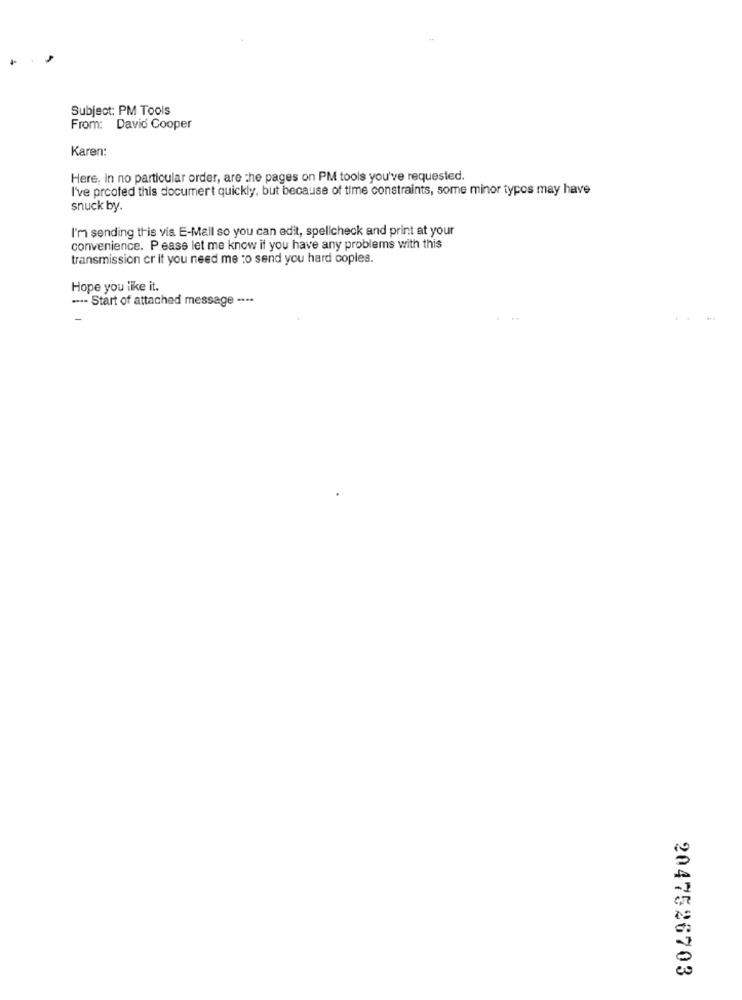
Subject: PM Tools
From: David Cooper
Karen:
Here, in no particular order, are the pages on PM tools you've requested.
I've proofed this documert quickly, but because of time constraints, some minor typos may have
snuck by.
I'm sending this via E-Mail so you can edit, spellcheck and print at your
convenience. P.ease let me know if you have any problems with this
transmission cr it you need me to send you hard copies.
Hope you like it.
--- Start of attached message ----
2047526703